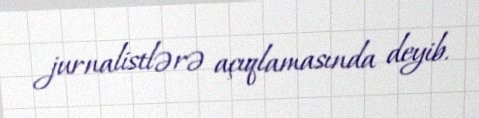
jurnalistlərə açıqlamasında deyib.